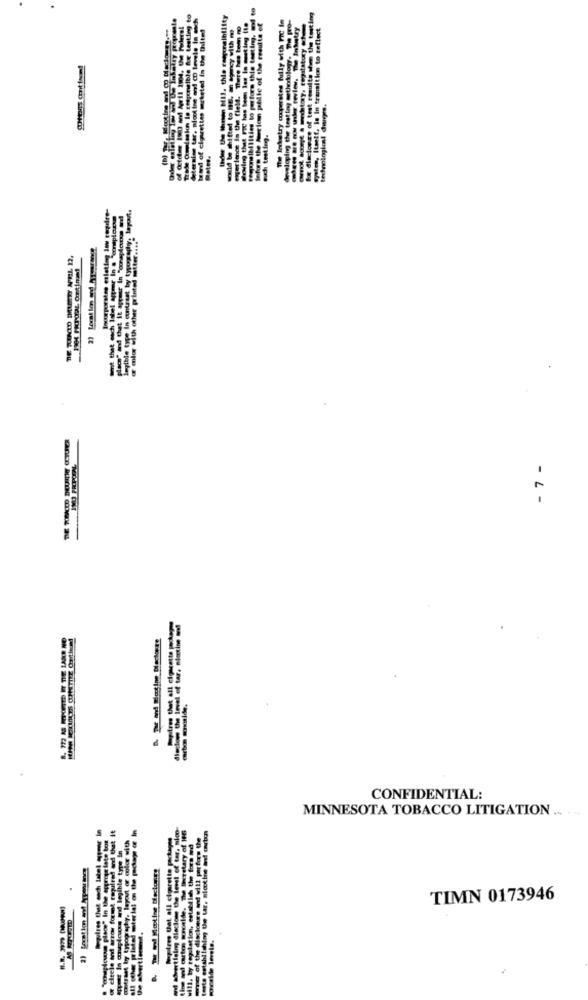
The Inkutry cooperates fully with Fic in
developing the testing methodology. The pro-
for disclonxe of test results www the testing
Theard of cigarettes marketed in the thite!
wald be mitted to BE. a kgacy with m
Pertence in the field. There hes tem no
Showing that Foc has been las to meeting fte
Pegamsibilities to perfore thie testing, w.
Infors the Mauricen pille of the results of
gott Itself, is in transition to reflect
determine tar. moot ine and CO levele
technological dwirps.
such testing.
and that it agper In "oraplotous andd
@ milor with other printed matter .... "
TE TENTO DILETO APRIL 12.
- 7 -
CONFIDENTIAL:
MINNESOTA TOBACCO LITIGATION ..
Ine and cartons wrcelde. The thecretary of 186
tired and that 1
y. layout of color with
the level of tar. sio
ner of the disclonge and will parfors the
"emplooss place" In the aggrote late for
"par In couplooks and legible type in
will. by regulation, cotahtich the fors wd
establishing the tar. nicotine and!
To font
TIMN 0173946
preside levels.